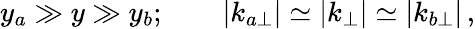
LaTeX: y_{a}\gg y\gg y_{b};\qquad|k_{a\perp}|\simeq|k_{\perp}|\simeq|k_{b\perp}|\, ,